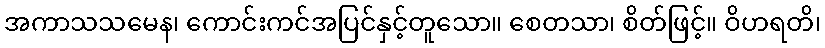
အကာသသမေန၊ ကောင်းကင်အပြင်နှင့်တူသော။ စေတသာ၊ စိတ်ဖြင့်။ ဝိဟရတိ၊